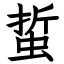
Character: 蜇